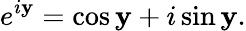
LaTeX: e^{i\mathbf{y}}=\cos\mathbf{y}+i\sin\mathbf{y}.